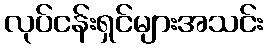
လုပ်ငန်းရှင်များအသင်း